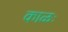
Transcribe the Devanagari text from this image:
काळः